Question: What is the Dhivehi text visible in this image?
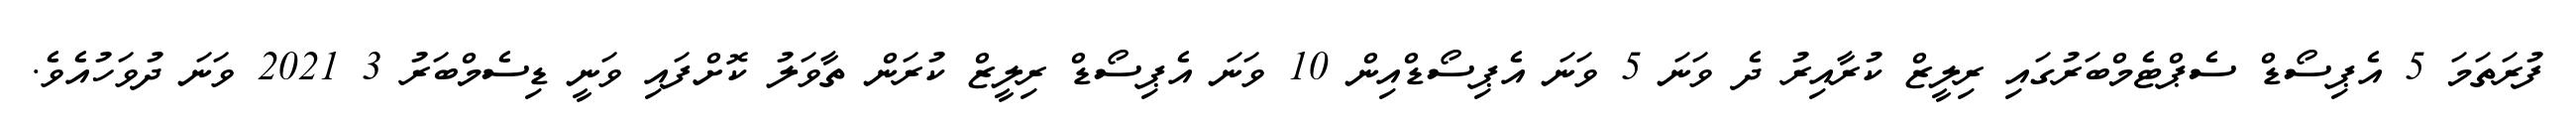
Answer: ފުރަތަމަ 5 އެޕިސޯޑް ސެޕްޓެމްބަރުގައި ރިލީޒް ކުރާއިރު ދެ ވަނަ 5 ވަނަ އެޕިސޯޑްއިން 10 ވަނަ އެޕިސޯޑް ރިލީޒް ކުރަން ތާވަލު ކޮށްފައި ވަނީ ޑިސެމްބަރު 3 2021 ވަނަ ދުވަހުއެވެ.